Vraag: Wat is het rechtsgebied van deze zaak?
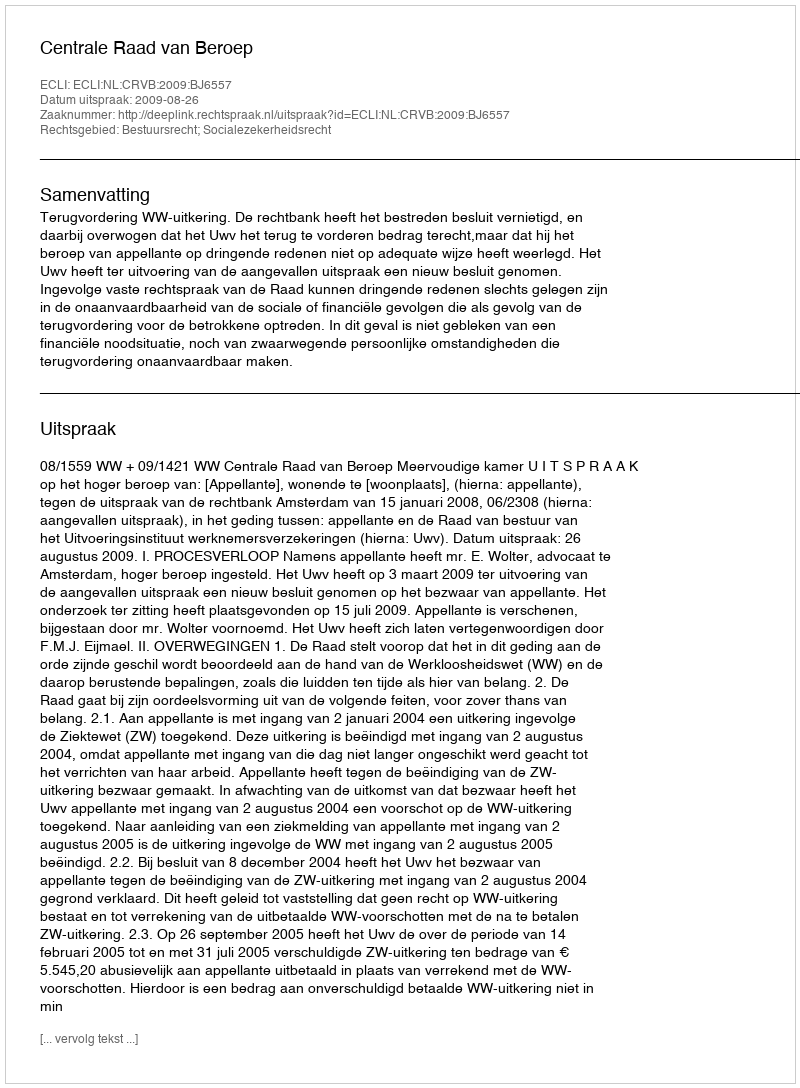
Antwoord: Bestuursrecht; Socialezekerheidsrecht